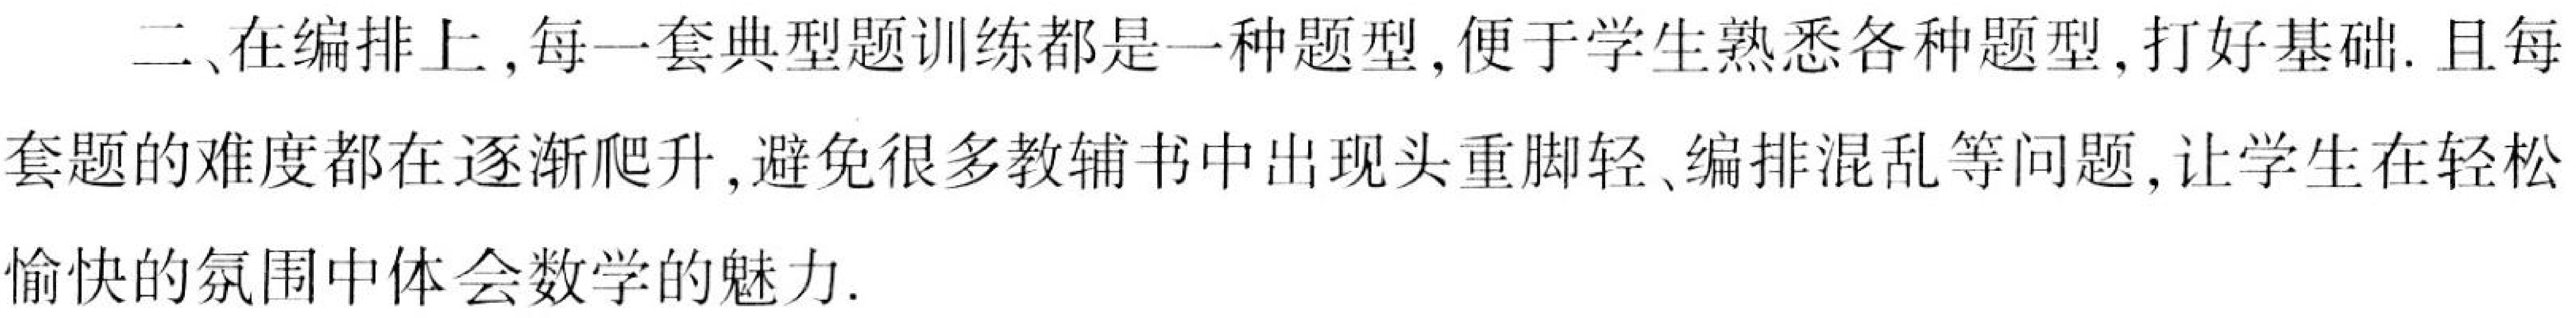
二、在编排上,每一套典型题训练都是一种题型,便于学生熟悉各种题型,打好基础.且每
套题的难度都在逐渐爬升,避免很多教辅书中出现头重脚轻、编排混乱等问题,让学生在轻松
愉快的氛围中体会数学的魅力.